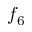
f _ { 6 }